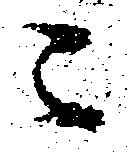
ニ